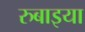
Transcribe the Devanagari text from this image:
रुबाइया